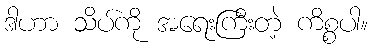
ဒါဟာ သိပ်ကို အရေးကြီးတဲ့ ကိစ္စပါ။